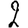
Digit: 2